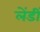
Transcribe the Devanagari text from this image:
लेंडीं